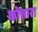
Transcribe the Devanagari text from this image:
कोत्तारा